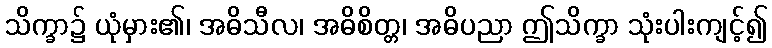
သိက္ခာ၌ ယုံမှား၏၊ အဓိသီလ၊ အဓိစိတ္တ၊ အဓိပညာ ဤသိက္ခာ သုံးပါးကျင့်၍